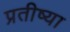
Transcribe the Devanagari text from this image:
प्रतीष्या